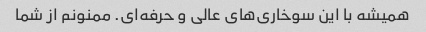
همیشه با این سوخاری‌های عالی و حرفه‌ای. ممنونم از شما